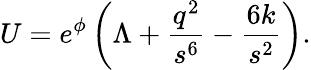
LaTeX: U=e^{\phi}\left(\Lambda+\frac{q^{2}}{s^{6}}-\frac{6k}{s^{2}}\right).